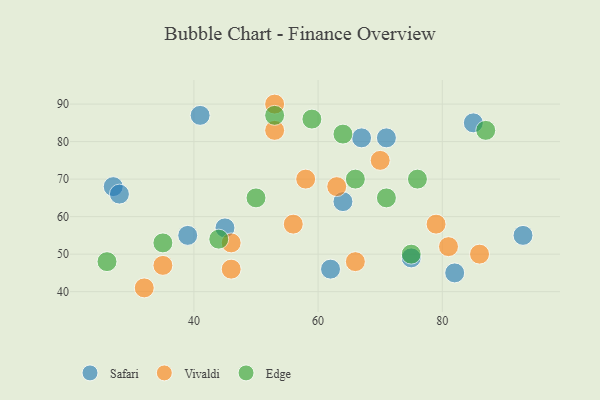
{"axis": {"x": "GDP", "y": "Life Expectancy"}, "legend": ["Edge", "Safari", "Vivaldi"], "data": [{"x": "62", "y": 46, "type": "Safari"}, {"x": "27", "y": 68, "type": "Safari"}, {"x": "82", "y": 45, "type": "Safari"}, {"x": "41", "y": 87, "type": "Safari"}, {"x": "75", "y": 49, "type": "Safari"}, {"x": "45", "y": 57, "type": "Safari"}, {"x": "28", "y": 66, "type": "Safari"}, {"x": "64", "y": 64, "type": "Safari"}, {"x": "85", "y": 85, "type": "Safari"}, {"x": "93", "y": 55, "type": "Safari"}, {"x": "67", "y": 81, "type": "Safari"}, {"x": "71", "y": 81, "type": "Safari"}, {"x": "39", "y": 55, "type": "Safari"}, {"x": "58", "y": 70, "type": "Vivaldi"}, {"x": "53", "y": 83, "type": "Vivaldi"}, {"x": "35", "y": 47, "type": "Vivaldi"}, {"x": "46", "y": 53, "type": "Vivaldi"}, {"x": "70", "y": 75, "type": "Vivaldi"}, {"x": "79", "y": 58, "type": "Vivaldi"}, {"x": "46", "y": 46, "type": "Vivaldi"}, {"x": "53", "y": 90, "type": "Vivaldi"}, {"x": "56", "y": 58, "type": "Vivaldi"}, {"x": "86", "y": 50, "type": "Vivaldi"}, {"x": "66", "y": 48, "type": "Vivaldi"}, {"x": "81", "y": 52, "type": "Vivaldi"}, {"x": "63", "y": 68, "type": "Vivaldi"}, {"x": "32", "y": 41, "type": "Vivaldi"}, {"x": "59", "y": 86, "type": "Edge"}, {"x": "71", "y": 65, "type": "Edge"}, {"x": "35", "y": 53, "type": "Edge"}, {"x": "87", "y": 83, "type": "Edge"}, {"x": "53", "y": 87, "type": "Edge"}, {"x": "26", "y": 48, "type": "Edge"}, {"x": "64", "y": 82, "type": "Edge"}, {"x": "44", "y": 54, "type": "Edge"}, {"x": "66", "y": 70, "type": "Edge"}, {"x": "75", "y": 50, "type": "Edge"}, {"x": "76", "y": 70, "type": "Edge"}, {"x": "50", "y": 65, "type": "Edge"}]}